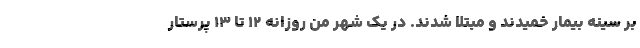
بر سینه بیمار خمیدند و مبتلا شدند. در یک شهر من روزانه ۱۲ تا ۱۳ پرستار